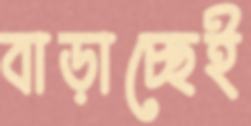
বাড়াচ্ছেই